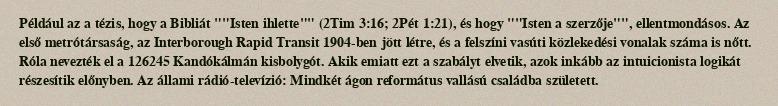
Például az a tézis, hogy a Bibliát ""Isten ihlette"" (2Tim 3:16; 2Pét 1:21), és hogy ""Isten a szerzője"", ellentmondásos. Az első metrótársaság, az Interborough Rapid Transit 1904-ben jött létre, és a felszíni vasúti közlekedési vonalak száma is nőtt. Róla nevezték el a 126245 Kandókálmán kisbolygót. Akik emiatt ezt a szabályt elvetik, azok inkább az intuicionista logikát részesítik előnyben. Az állami rádió-televízió: Mindkét ágon református vallású családba született.